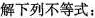
解下列不等式：